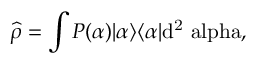
{ \widehat { \rho } } = \int P ( \alpha ) | { \alpha } \rangle \langle { \alpha } | \mathrm { { { d } ^ { 2 } \ a l p h a , } }